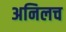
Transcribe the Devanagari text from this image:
अनिलच